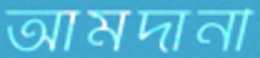
আমদানী